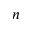
n